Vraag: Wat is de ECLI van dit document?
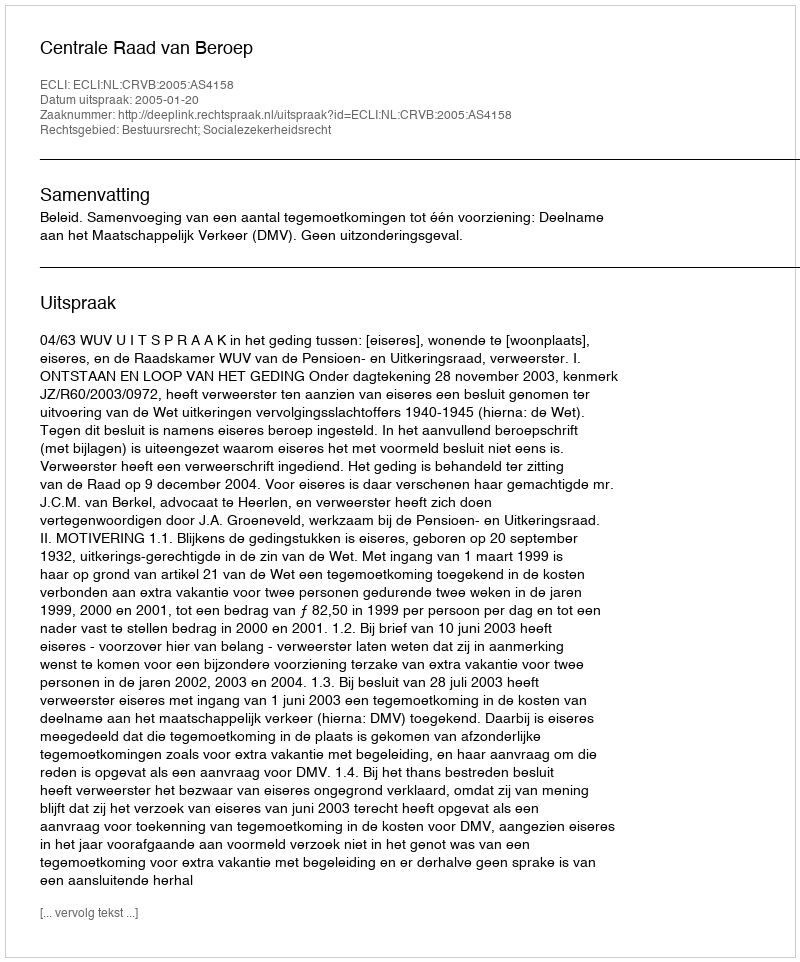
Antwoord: ECLI:NL:CRVB:2005:AS4158